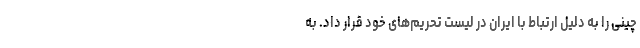
چینی را به دلیل ارتباط با ایران در لیست تحریم‌های خود قرار داد. به